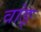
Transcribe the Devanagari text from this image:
वांङ्‌